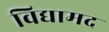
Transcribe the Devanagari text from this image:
विद्यामद